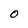
Character: 0